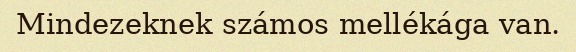
Mindezeknek számos mellékága van.